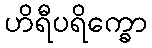
ဟိရီပရိက္ခော